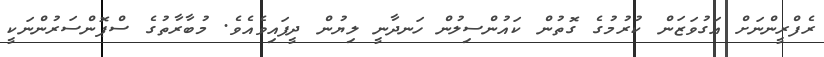
ރެފްރީންނަށް އަގުވަޒަން ކުރުމުގެ ގޮތުން ކައުންސިލުން ހަނދާނީ ލިޔުން ދީފައިވެއެވެ. މުބާރާތުގެ ސްޕޮންސަރުންނަކީ